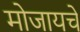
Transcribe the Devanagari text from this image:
मोजायचे